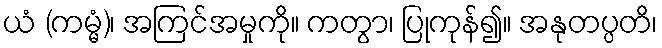
ယံ (ကမ္မံ)၊ အကြင်အမှုကို။ ကတွာ၊ ပြုကုန်၍။ အနုတပ္ပတိ၊